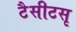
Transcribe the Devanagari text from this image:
टैसीटसृ